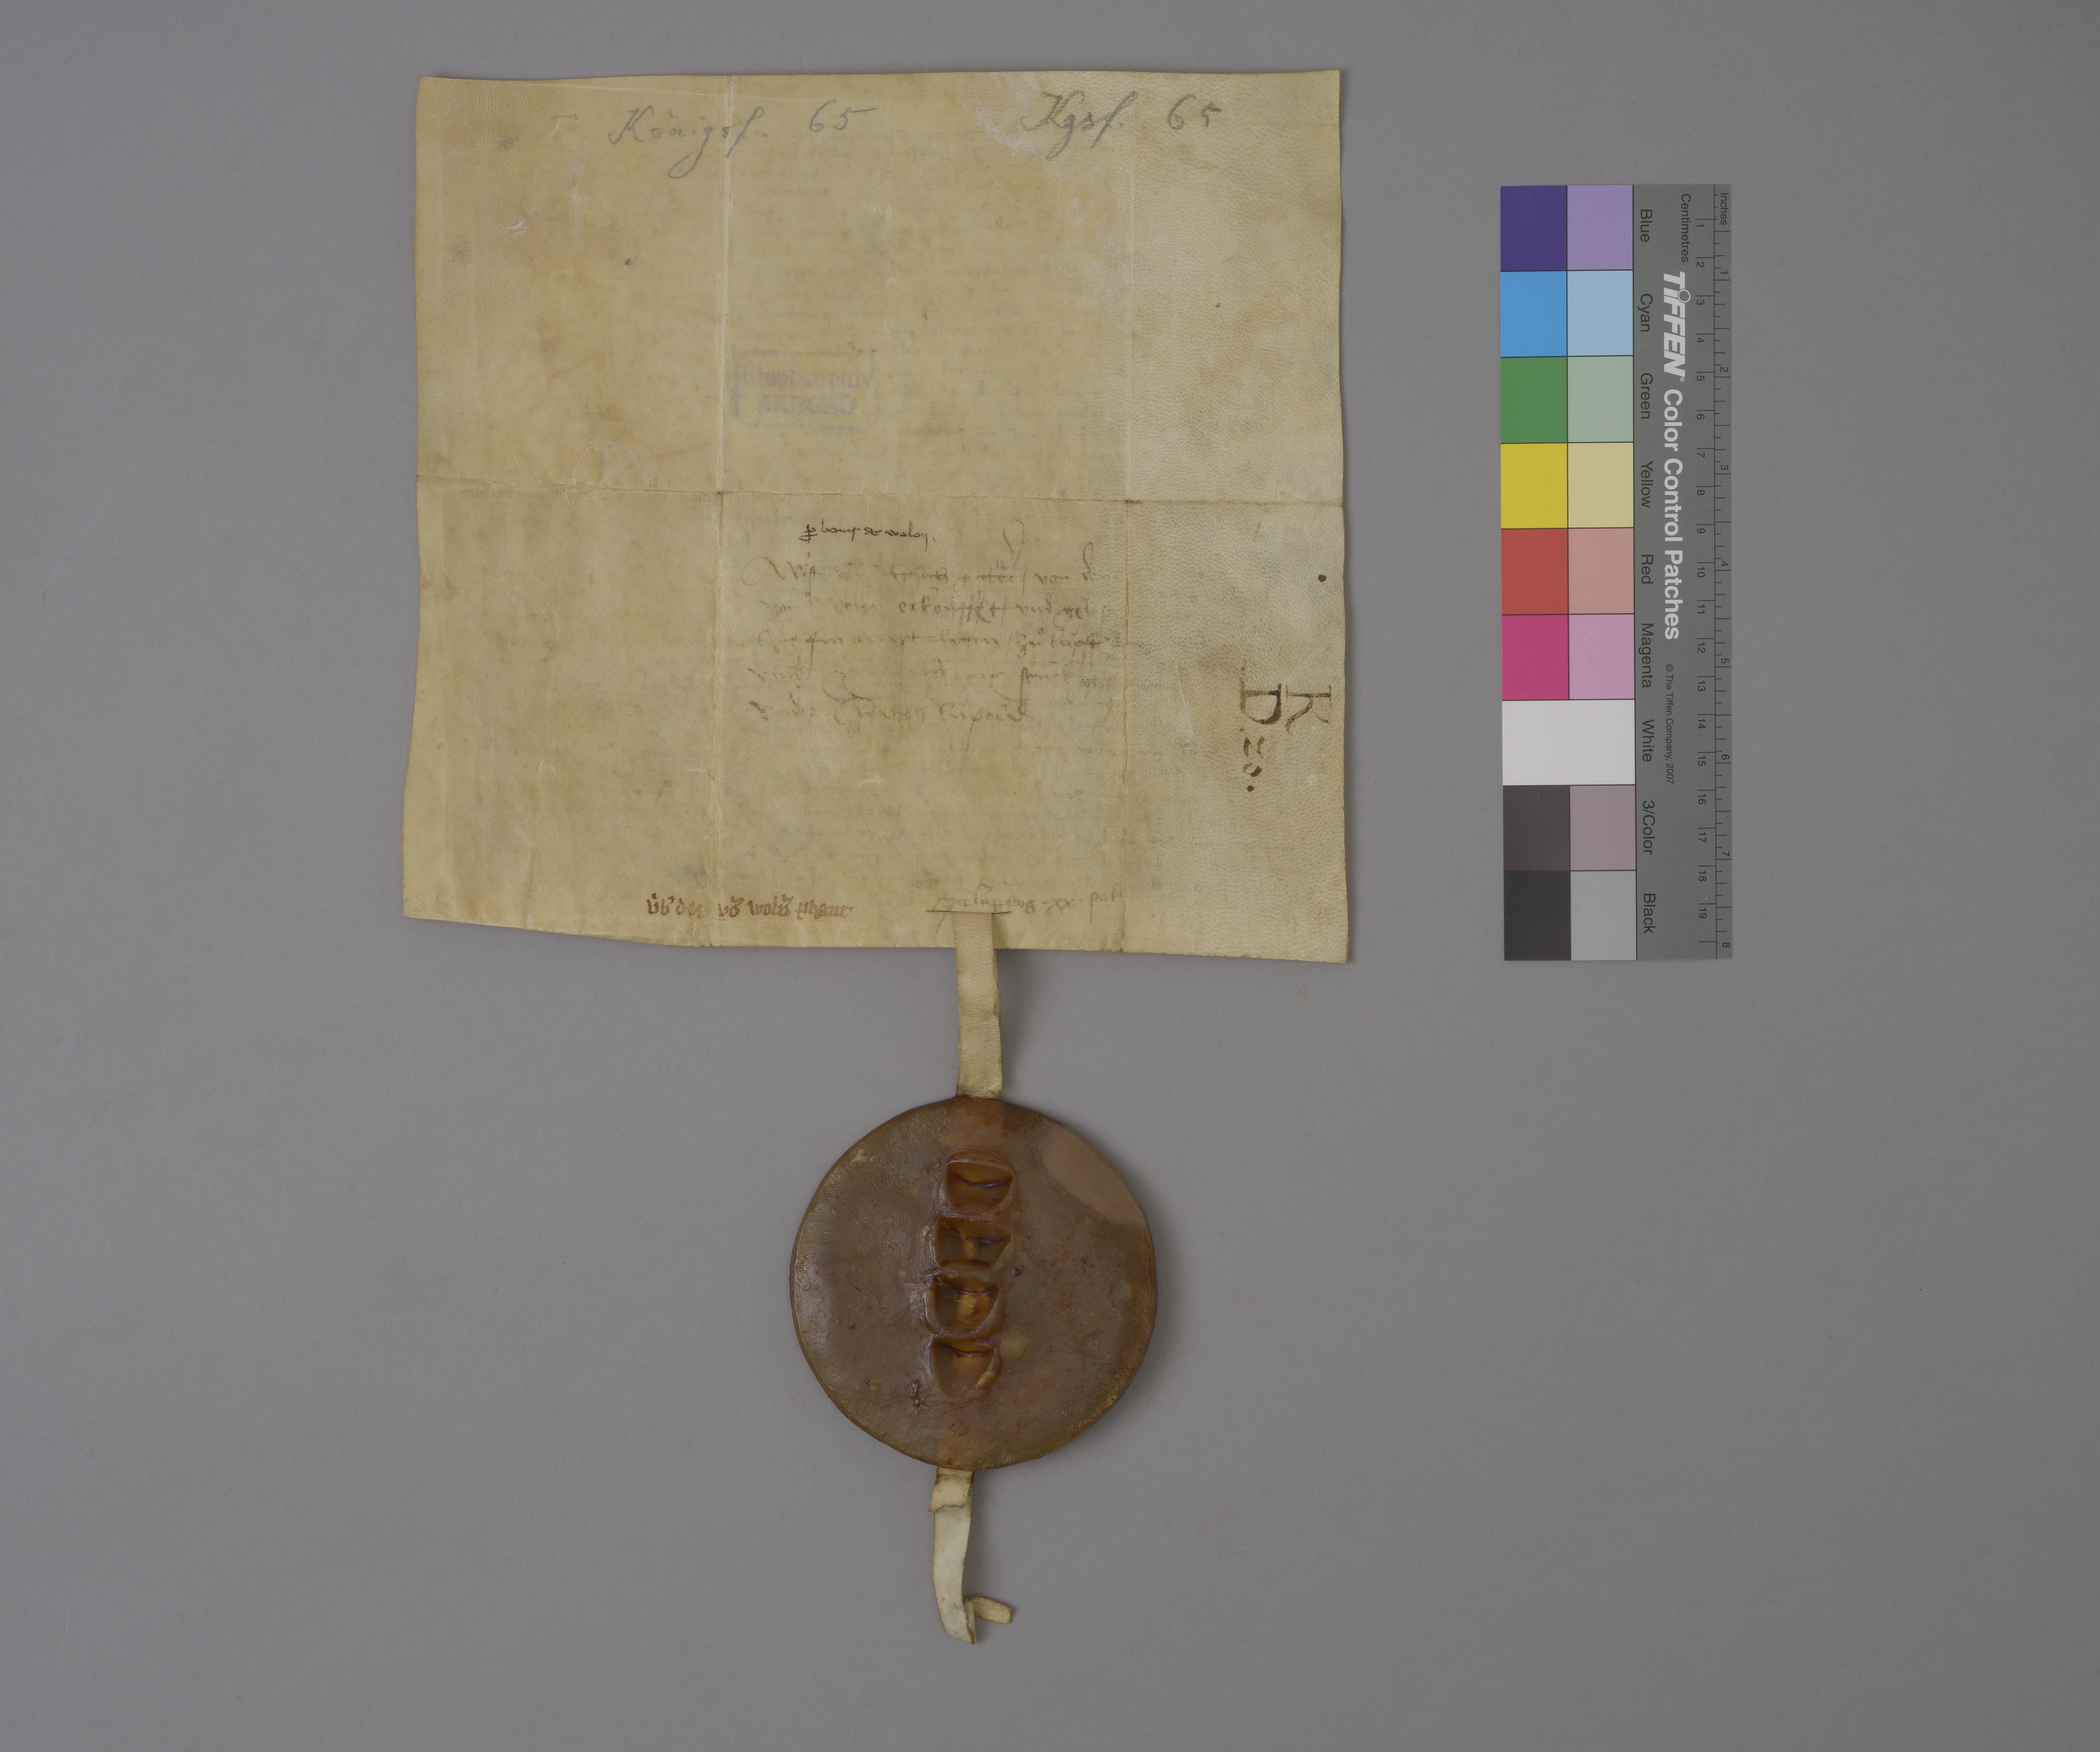
Kgsf. 65

Königsf. 65

Staatsarchiv
AARGAU

wist um̄ ettlich gùeter ✳ von dem
von Wolen erkoùff₎t ✳ und ge¬
leg₎ im ampt Eygen ✳ zuͦ Lùpff₎
um̄b   stùck geltz
under hertzog Lùpold

ꝓ bonis de Wolon ✳

K
✳ D ✳ 20 ✳

ze Luppang ✳ xx ✳ stuke

ùbˀ des vō Woln̄ phant